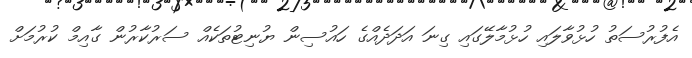
އެފުރުސަތު ހުޅުވާލައި ހުޅުމާލޭގައި ގިނަ އަދަދެއްގެ ހައުސިން ޔުނިޓުތަކެއް ސަރުކާރުން ގާއިމް ކުރުމަށް